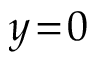
y \! = \! 0